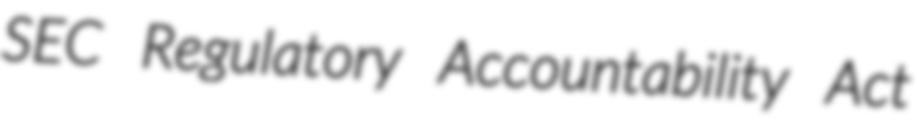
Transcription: SEC Regulatory Accountability Act